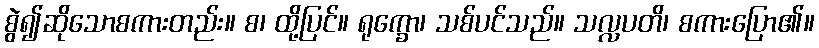
စွဲ၍ဆိုသောစကားတည်း။ စ၊ ထို့ပြင်။ ရုက္ခော၊ သစ်ပင်သည်။ သလ္လပတိ၊ စကားပြော၏။